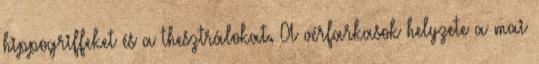
hippogriffeket és a thesztrálokat. A vérfarkasok helyzete a mai